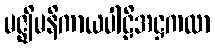
မဇ္ဈိမနိကာယပါဠိအဋ္ဌကထာ